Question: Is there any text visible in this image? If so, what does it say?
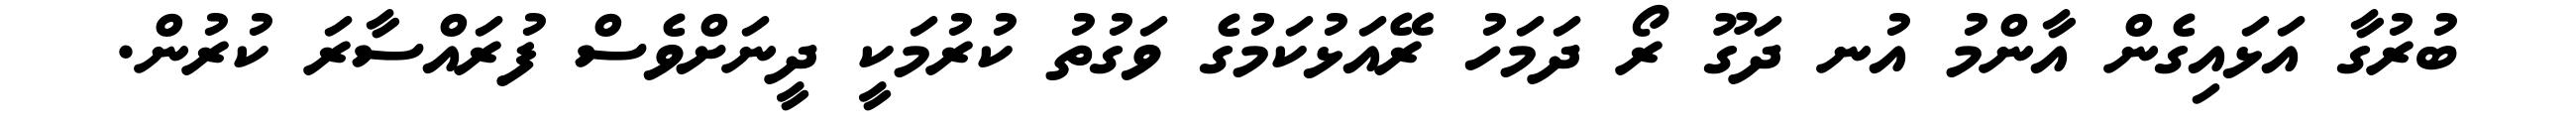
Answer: ބުރުގާ އަޅައިގެން އާންމު އުނ ދަގޫ ރޯ ދަމަހު ރޭއަޅުކަމުގެ ވަގުތު ކުރުމަކީ ދީނަށްވެސް ފުރައްސާރަ ކުރުން.